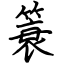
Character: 簑